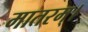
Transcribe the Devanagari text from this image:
मातरम्‌।